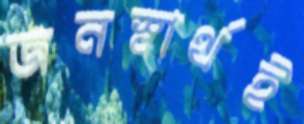
জনস্বার্থই